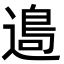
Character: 𨖂